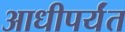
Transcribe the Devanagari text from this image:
आधीपर्यंत